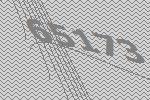
65173